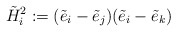
\begin{align*}\tilde{H}_i^2:=(\tilde{e}_i-\tilde{e}_j)(\tilde{e}_i-\tilde{e}_k)\end{align*}